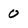
Character: O